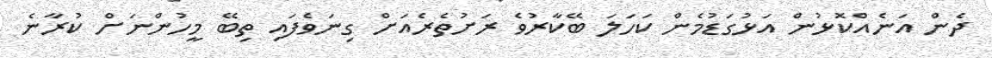
ދެން އަނެއްކޮޅުން އަޅުގަޑުމެން ކަހަލަ ބޭކާރުވެ ރަށުތެރެއަށް ގިނަވެފައި ތިބޭ މީހުންނަށް ކުރާނެ